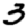
Digit: 3